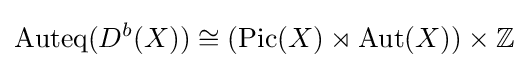
\operatorname {Auteq} (D^{b}(X))\cong (\operatorname {Pic} (X)\rtimes \operatorname {Aut} (X))\times \mathbb {Z}